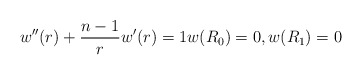
\begin{align*} w''(r)+\frac{n-1}{r}w'(r)=1 w(R_0)=0, w(R_1)=0 \end{align*}